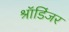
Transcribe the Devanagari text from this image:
श्रॉडिंजर